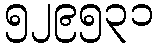
၅၂၉၅၃၁